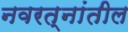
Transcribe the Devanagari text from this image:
नवरत्नांतील